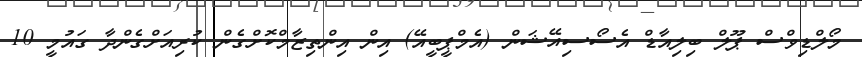
މޯލްޑިވްސް ޕޫލް ބިލިއާޑް އެސޯސިއޭޝަން (އެމްޕީބީއޭ) އިން އިންތިޒާމްކޮށްގެން ކުރިއަށްގެންދާ ގައުމީ 10